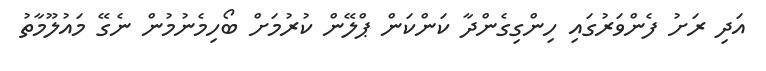
އަދި ރަށު ފެންވަރުގައި ހިންގިގެންދާ ކަންކަން ޕްލޭން ކުރުމަށް ބޯހިމެނުމުން ނެގޭ މައުލޫމާތު